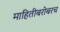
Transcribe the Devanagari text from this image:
माहितीबरोबरच